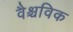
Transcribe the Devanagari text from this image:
वैश्चविक